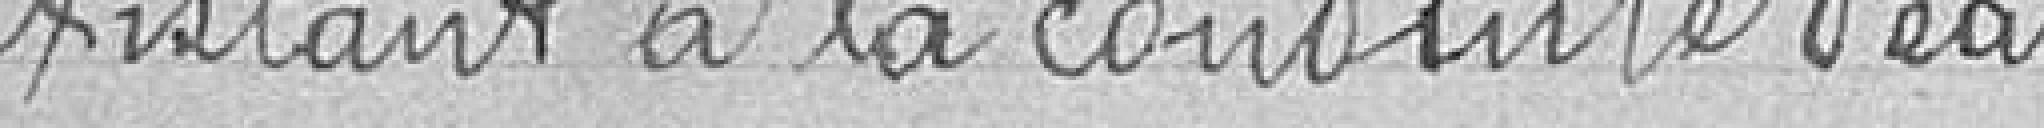
existant à la conduite d'eau